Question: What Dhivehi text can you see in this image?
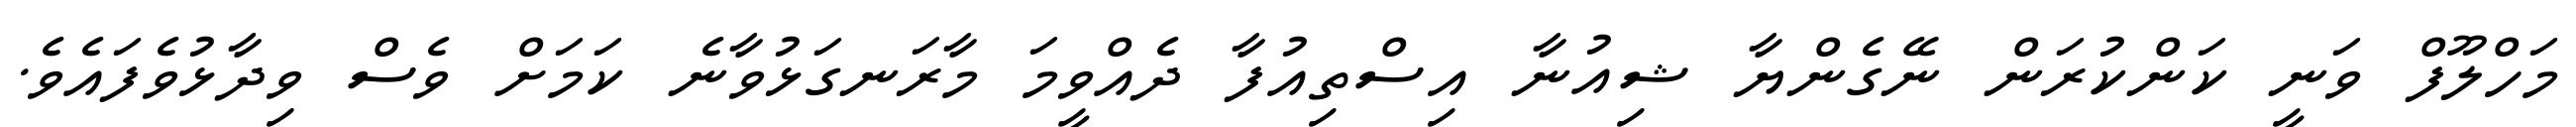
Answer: މަހްލޫފް ވަނީ ކަންކުރަން ނޭގެންޔާ ޝިއުނާ އިސްތިއުފާ ދެއްވީމަ މާރަނގަޅުވާނެ ކަމަށް ވެސް ވިދާޅުވެފައެވެ.